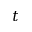
t